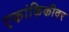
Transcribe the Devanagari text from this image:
एकांकिकीवर